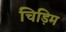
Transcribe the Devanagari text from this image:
चिड़िम